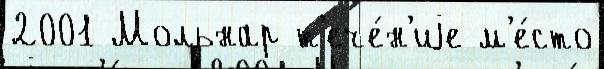
2001 Мольнар т'ече́н'иjе м'е́сто